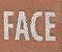
FACE